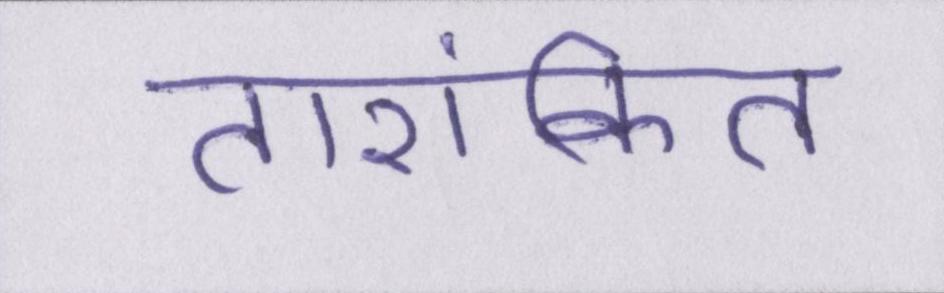
तारांकित